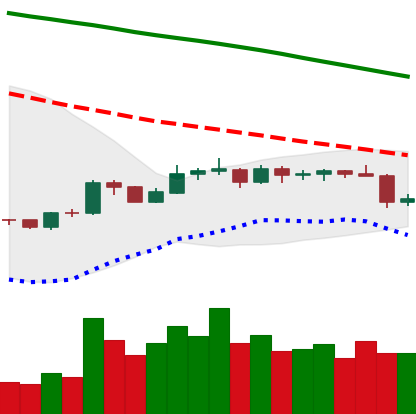
Ticker: BNB-USD
Chart end date: 2019-10-24
Forward return: 21.227%
Label: up_7plus